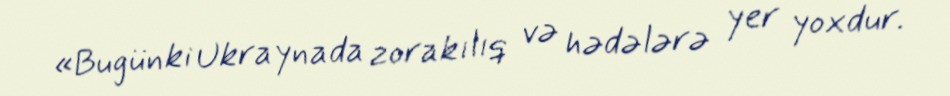
«Bugünki Ukraynada zorakılıq və hədələrə yer yoxdur.